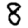
Digit: 8